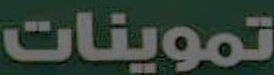
تموينات